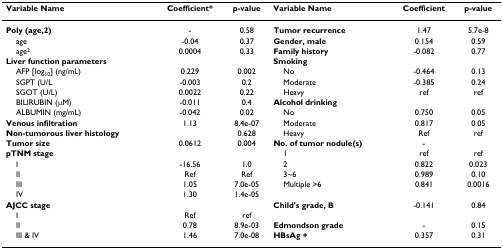
| Variable Name | Coefficient* | p-value | Variable Name | Coefficient | p-value |
 | --- | --- | --- | --- | --- | --- |
 | Poly (age,2) | - | 0.58 | Tumor recurrence | 1.47 | 5.7e-8 |
 | age | -0.04 | 0.37 | Gender, male | 0.154 | 0.59 |
 | age2 | 0.0004 | 0.33 | Family history | -0.082 | 0.77 |
 | Liver function parameters |  |  | Smoking |  |  |
 | AFP [log10] (ng/mL) | 0.229 | 0.002 | No | -0.464 | 0.13 |
 | SGPT (U/L | -0.003 | 0.2 | Moderate | -0.385 | 0.24 |
 | SGOT (U/L) | 0.0022 | 0.22 | Heavy | ref | ref |
 | BILIRUBIN (μM) | -0.011 | 0.4 | Alcohol drinking |  |  |
 | ALBUMIN (mg/mL) | -0.042 | 0.02 | No | 0.750 | 0.05 |
 | Venous infiltration | 1.13 | 8.4e-07 | Moderate | 0.817 | 0.05 |
 | Non-tumorous liver histology |  | 0.628 | Heavy | Ref | ref |
 | Tumor size | 0.0612 | 0.004 | No. of tumor nodule(s) | - |  |
 | pTNM stage |  |  | 1 | ref | ref |
 | I | -16.56 | 1.0 | 2 | 0.822 | 0.023 |
 | II | Ref | Ref | 3~6 | 0.989 | 0.10 |
 | III | 1.05 | 7.0e-05 | Multiple >6 | 0.841 | 0.0016 |
 | IV | 1.30 | 1.4e-05 |  |  |  |
 | AJCC stage |  |  | Child's grade, B | -0.141 | 0.84 |
 | I | Ref | ref |  |  |  |
 | II | 0.78 | 8.9e-03 | Edmondson grade | - | 0.15 |
 | III & IV | 1.46 | 7.0e-08 | HBsAg + | 0.357 | 0.31 |